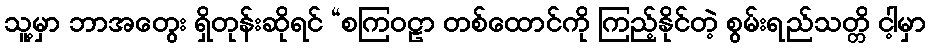
သူ့မှာ ဘာအတွေး ရှိတုန်းဆိုရင် “စကြဝဠာ တစ်ထောင်ကို ကြည့်နိုင်တဲ့ စွမ်းရည်သတ္တိ ငါ့မှာ